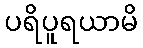
ပရိပူရယာမိ